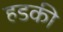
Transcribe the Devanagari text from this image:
हडकी